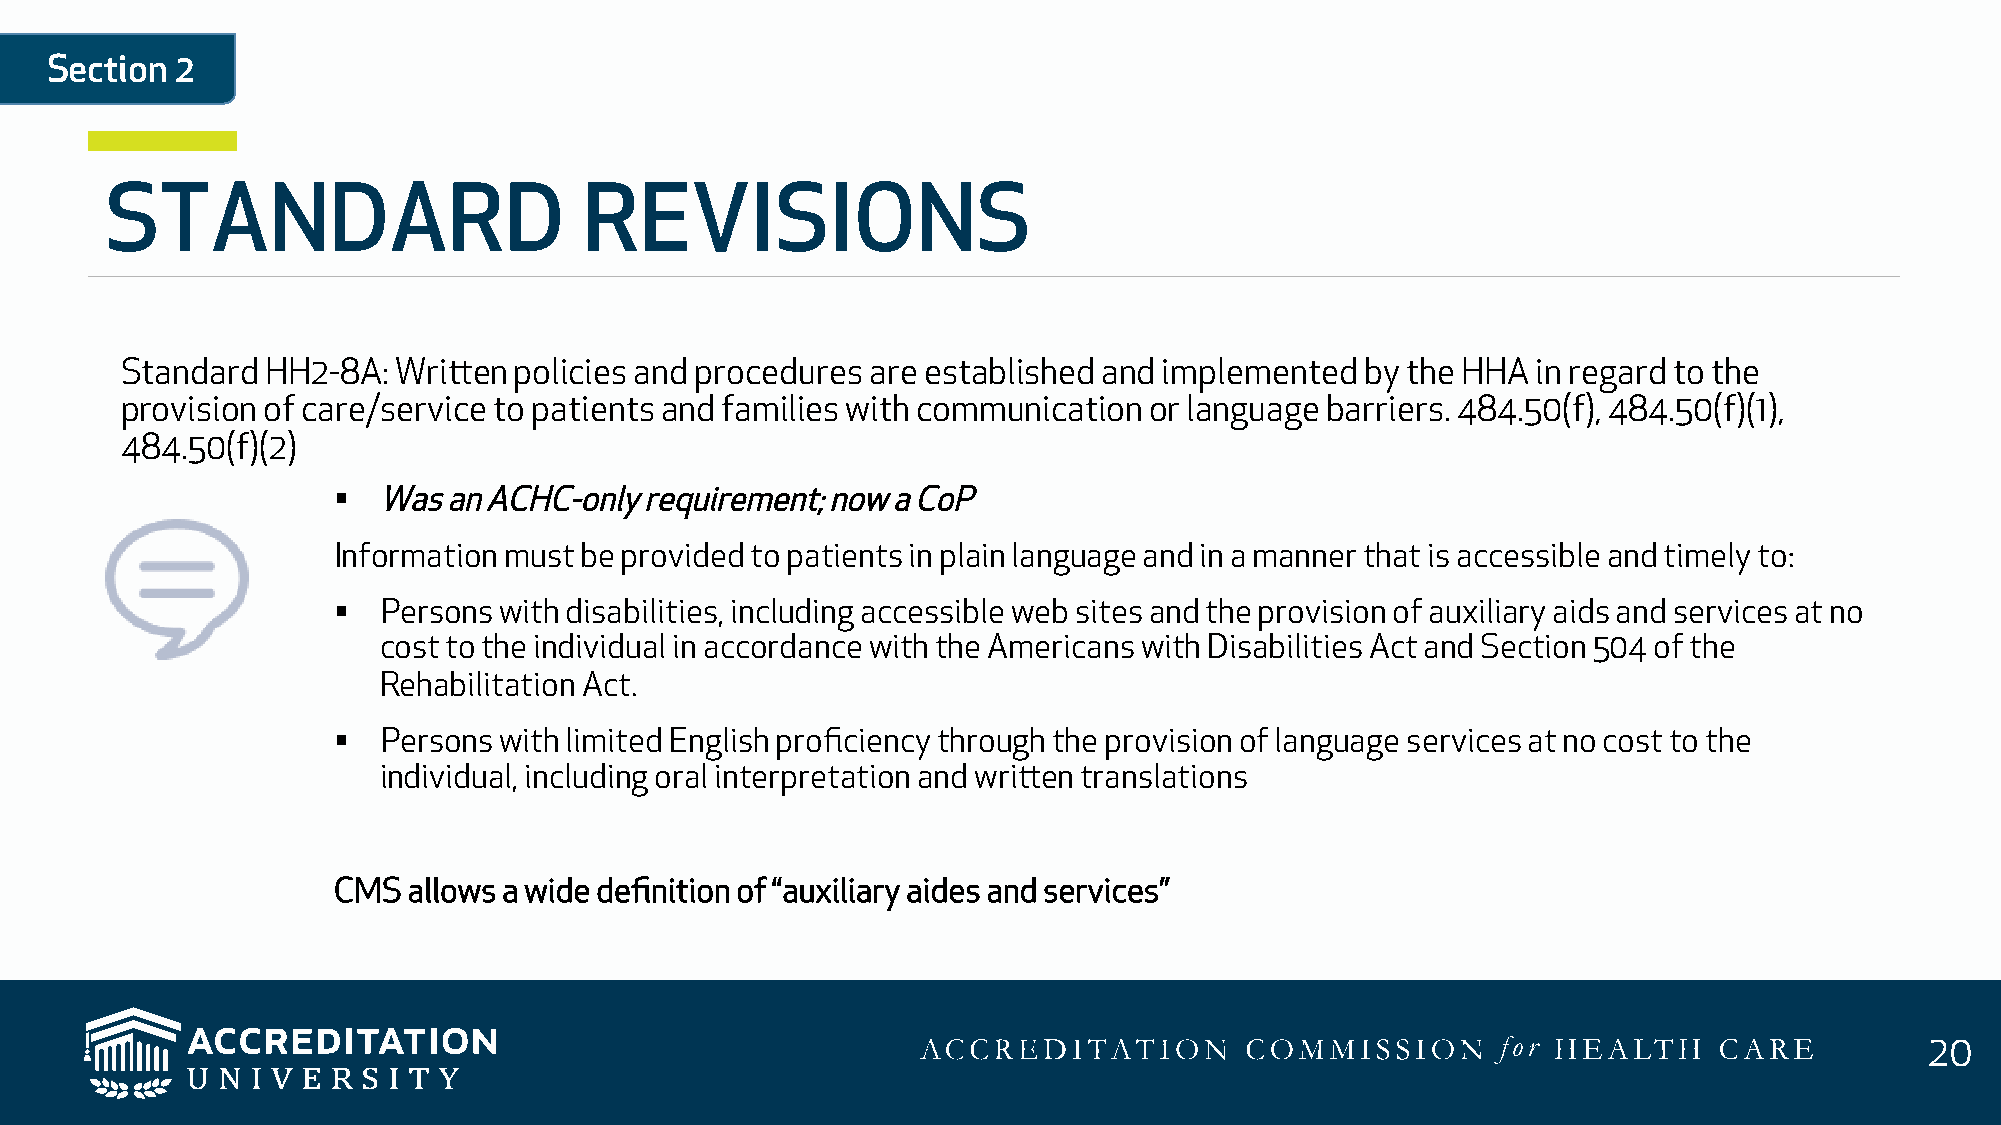
Section  2
 STANDARD                        REVISIONS
 Standard  HH2-8A: Written policies and procedures are established and implemented by the HHA  in regard to the
 provision of care/service to patients and families with communication or language barriers. 484.50(f), 484.50(f)(1),
 484.50(f)(2)
 §  Was an ACHC-only  requirement; now a CoP
 Information must be provided to patients in plain language and in a manner that is accessible and timely to:
 §  Persons with disabilities, including accessible web sites and the provision of auxiliary aids and services at no
 cost to the individual in accordance with the Americans with Disabilities Act and Section 504 of the
 Rehabilitation Act.
 §  Persons with limited English proficiency through the provision of language services at no cost to the
 individual, including oral interpretation and written translations
 CMS  allows a wide definition of “auxiliary aides and services”
 20